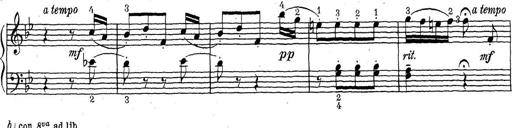
Title: ÄŒeskÃ© Sonatiny
Composer: Various